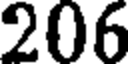
206